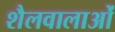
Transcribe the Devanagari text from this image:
शैलवालाओं